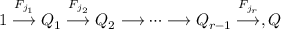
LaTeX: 1 \stackrel { F _ { j _ { 1 } } } { \longrightarrow } Q _ { 1 } \stackrel { F _ { j _ { 2 } } } { \longrightarrow } Q _ { 2 } \longrightarrow \cdots \longrightarrow Q _ { r - 1 } \stackrel { F _ { j _ { r } } } { \longrightarrow } , Q